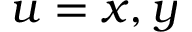
u = x , y